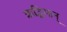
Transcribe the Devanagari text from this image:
ऋद्धिमान्‌